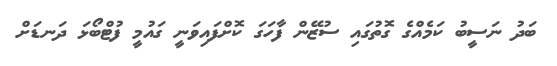
ބަދު ނަސީބު ކަމެއްގެ ގޮތުގައި ސުޒޭން ފާހަގަ ކޮށްފައިވަނީ ގައުމީ ފުޓްބޯޅަ ދަނޑަށް